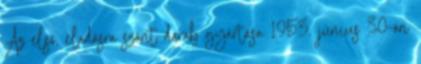
Az első, eladásra szánt darab gyártása 1953. június 30-án